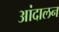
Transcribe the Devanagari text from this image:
आंदालन